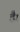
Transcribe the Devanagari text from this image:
हैैँँ।